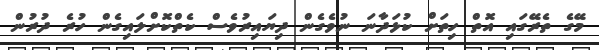
މޭގެ ތެރޭގައި އޮތް ހިތަށް ކުޅަދާނަ ނުވެގެން ދިޔައިރުވެސް ކެތްކޮށްލައިގެން ހުރެ ދުރުން